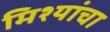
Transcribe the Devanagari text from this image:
मिश्यांचा